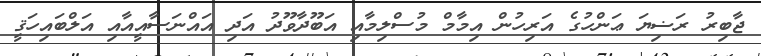
ޖާބިރު ރަޟިޔަ ޢަންހުގެ އަރިހުން އިމާމް މުސްލިމާއި އަބޫދާވޫދު އަދި އައްނަސާއީއާއި އަލްބައިހަޤީ